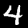
Label: 4